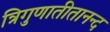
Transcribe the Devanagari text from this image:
त्रिगुणातीतानन्द